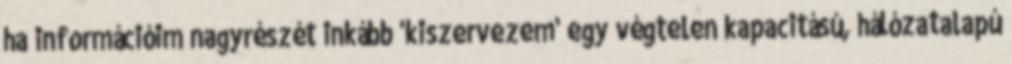
ha információim nagyrészét inkább 'kiszervezem' egy végtelen kapacitású, hálózatalapú